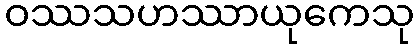
ဝဿသဟဿာယုကေသု